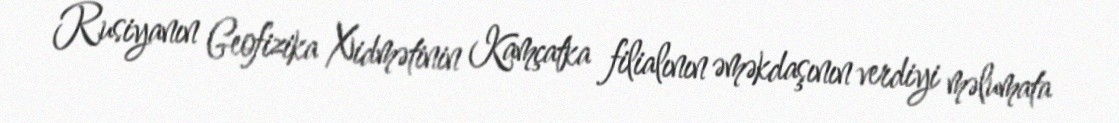
Rusiyanın Geofizika Xidmətinin Kamçatka filialının əməkdaşının verdiyi məlumata